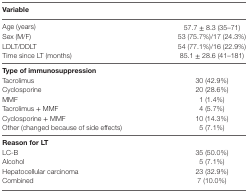
<table><thead><tr><td><b>Variable</b></td><td></td></tr></thead><tbody><tr><td>Age (years)</td><td>57.7 ± 8.3 (35–71)</td></tr><tr><td>Sex (M/F)</td><td>53 (75.7%)/17 (24.3%)</td></tr><tr><td>LDLT/DDLT</td><td>54 (77.1%)/16 (22.9%)</td></tr><tr><td>Time since LT (months)</td><td>85.1 ± 28.6 (41–181)</td></tr><tr><td colspan="2"><b>Type of immunosuppression</b></td></tr><tr><td>Tacrolimus</td><td>30 (42.9%)</td></tr><tr><td>Cyclosporine</td><td>20 (28.6%)</td></tr><tr><td>MMF</td><td>1 (1.4%)</td></tr><tr><td>Tacrolimus + MMF</td><td>4 (5.7%)</td></tr><tr><td>Cyclosporine + MMF</td><td>10 (14.3%)</td></tr><tr><td>Other (changed because of side effects)</td><td>5 (7.1%)</td></tr><tr><td colspan="2"><b>Reason for LT</b></td></tr><tr><td>LC-B</td><td>35 (50.0%)</td></tr><tr><td>Alcohol</td><td>5 (7.1%)</td></tr><tr><td>Hepatocellular carcinoma</td><td>23 (32.9%)</td></tr><tr><td>Combined</td><td>7 (10.0%)</td></tr></tbody></table>